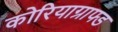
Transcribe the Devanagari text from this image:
कोरियाग्राफ्ड